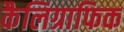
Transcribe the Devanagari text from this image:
कैलिग्राफिक